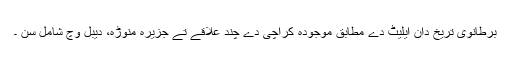
برطانوی تریخ دان ایلیٹ دے مطابق موجودہ کراچی دے چند علاقے تے جزیرہ منوڑہ، دیبل وچ شامل سن ۔